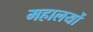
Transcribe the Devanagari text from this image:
महालयों